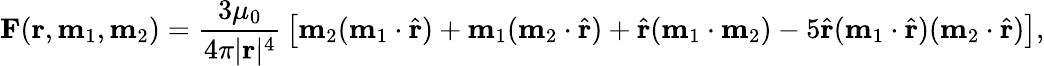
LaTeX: \mathbf{F}(\mathbf{r},\mathbf{m}_{1},\mathbf{m}_{2})={\frac{3\mu_{0}}{4\pi|\mathbf{r}|^{4}}}\left[\mathbf{m}_{2}(\mathbf{m}_{1}\cdot{\hat{\mathbf{r}}})+\mathbf{m}_{1}(\mathbf{m}_{2}\cdot{\hat{\mathbf{r}}})+{\hat{\mathbf{r}}}(\mathbf{m}_{1}\cdot\mathbf{m}_{2})-5{\hat{\mathbf{r}}}(\mathbf{m}_{1}\cdot{\hat{\mathbf{r}}})(\mathbf{m}_{2}\cdot{\hat{\mathbf{r}}})\right],